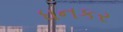
ધનકર